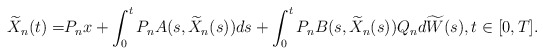
\begin{align*} \widetilde{X}_n(t)=& P_n x + \int_0^t P_n A(s,\widetilde{X}_n(s)) ds +\int_0^t P_n B(s,\widetilde{X}_n(s))Q_n d\widetilde{W}(s), t\in[0,T] .\end{align*}